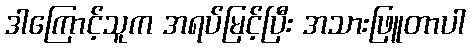
ဒါကြောင့်သူက အရပ်မြင့်ပြီး အသားဖြူတာပါ